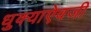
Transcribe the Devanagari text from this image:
धुक्याऐवजी